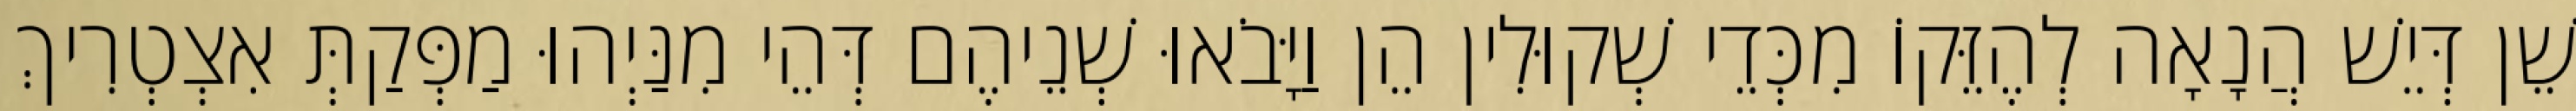
שֵׁן דְּיֵשׁ הֲנָאָה לְהֶזֵּקוֹ מִכְּדֵי שְׁקוּלִין הֵן וַיָּבֹאוּ שְׁנֵיהֶם דְּהֵי מִנַּיְהוּ מַפְּקַתְּ אִצְטְרִיךְ